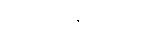
အရေးအခင်းတွင်